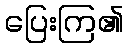
ပြေးကြ၏